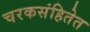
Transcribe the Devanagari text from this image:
चरकसंहितेत